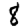
Digit: 8